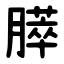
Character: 膵